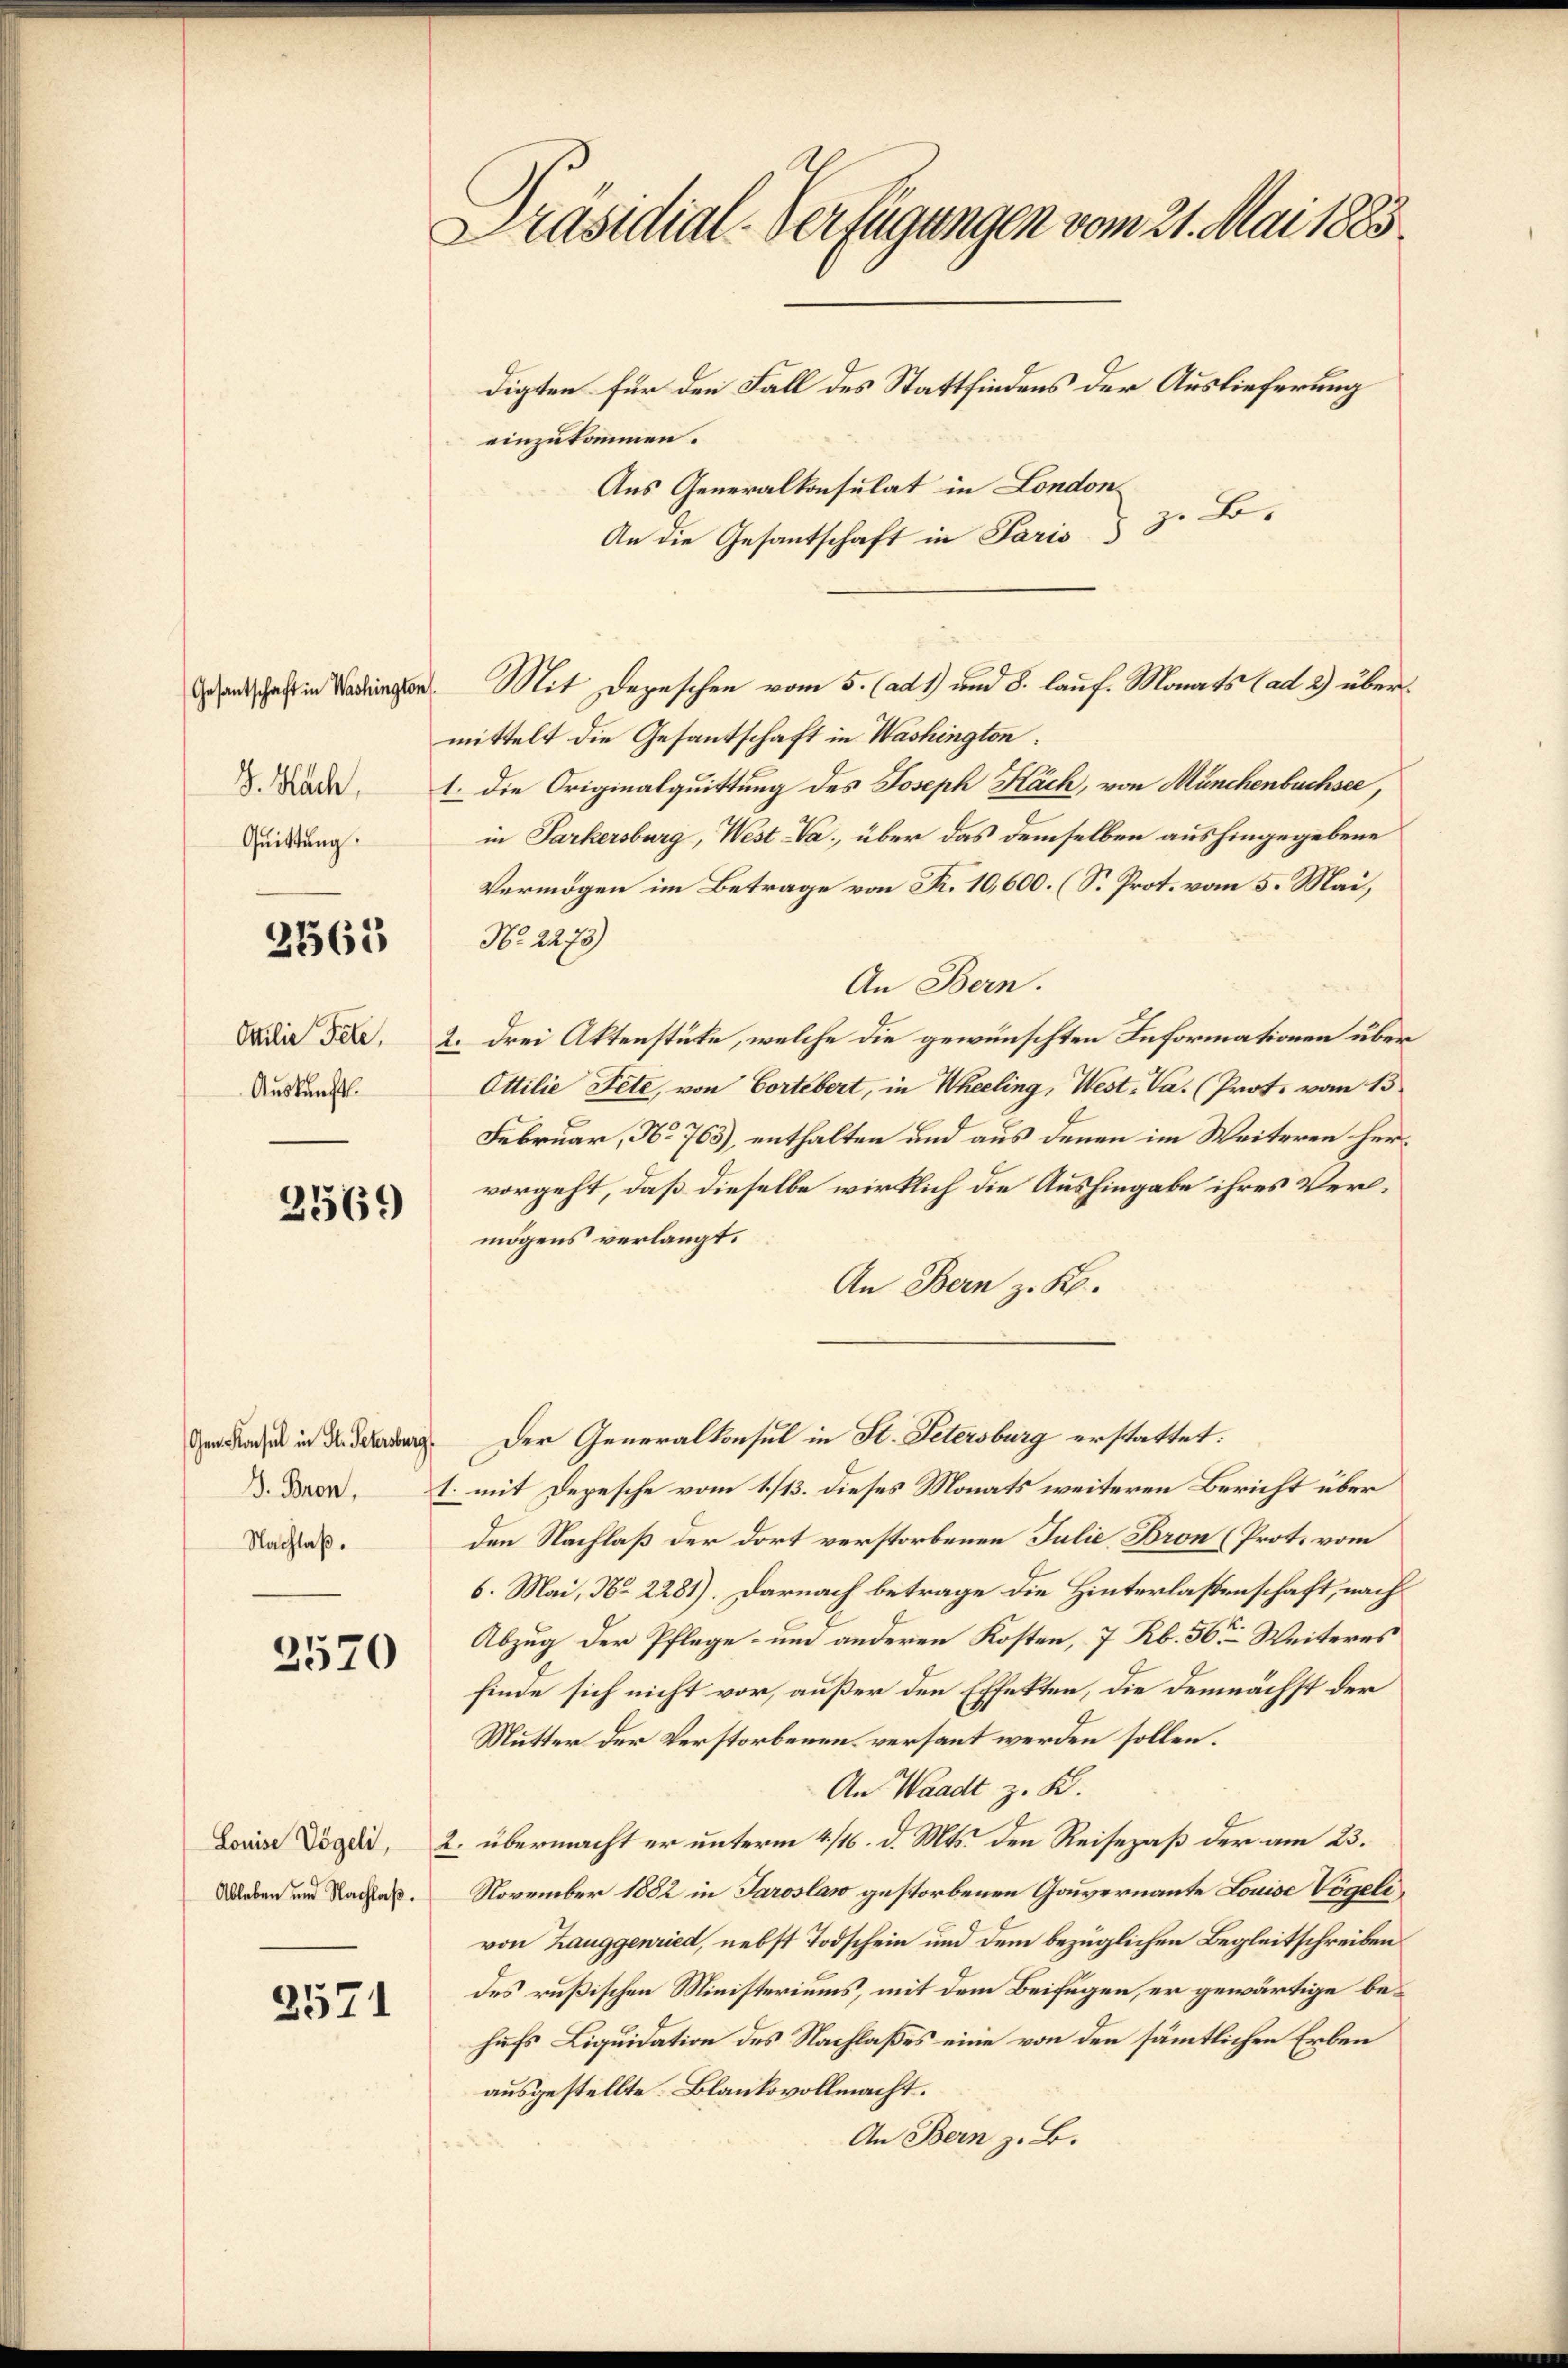
Gesantschaft in Washington
Quittung.

2565

Ottilie Fete,
Auskunft.

2569

Gen Konsul in St. Petersburg,
Nachlaß.

2570

Louise Vögeli,
Ableben und Nachlaß.

2571

Präsidial-Verfügungen vom 21. Mai 1883.
digten für den Fall des Stattfindens der Auslieferung
einzukommen.

Aus Generalkonsulat in London
An die Gesantschaft in Paris & 3. Bo-
mittelt die Gesantschaft in Washington:
. Dad 1. die Originalquittung des Joseph Käch, von Münchenbuchsee,
in Parkersburg, West da, über das demselben aushingegebene
Vermögen im Betrage von Fr. 10,600. (S. Prot. vom 5. Mai,
No. 2275)
An Bern.
2. drei Aktenstücke, welche die gewünschten Informationen über¬
Ottilie Fete, von Cortebert, in Wheeling, West. Va. (Prot. vom 15
Februar, No 763), enthalten und aus denen im Weiteren hervorgeht, daß dieselbe wirklich die Aushingabe ihres Verlmögens verlangt.
An Bern z. K.
Der Generalkonsul in St. Petersburg erstattet:
1. mit Depesche vom 1./13. dieses Monats weiteren Bericht über
den Nachlaß der dort verstorbenen Julie Bron (Prot. vom
6. Mai, No 2281). Darnach betrage die Hinterlassenschaft, nach
Abzug der Pflege um anderen Kosten, 7 Rb. 56. Weiteres
finde sich nicht vor, außer den Effekten, die demnächst der
Mutter der Verstorbenen versant werden sollen.
An Waadt z. B.
2. übermacht er unterm 4/16. d. Mts. den Reisepaß der am 23.
November 1882 in Taroslaw gestorbenen Gouvernannte Louise Vögeli
von Hauggenried, nebst Todschein und dem bezüglichen Begleitschreiben
des rußischen Ministeriums, mit dem Beifügen, er gewärtige behufs Liquidation des Nachlaßes eine von den sämmtlichen Erben
ausgestellte Blankovollmacht.
An Bern z. B.

Mit Depeschen vom 5. (ad 1) und 8. lauf. Monats (ad 2) über¬